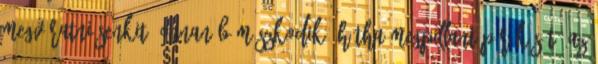
megváratni senkit. Onnan bámészkodik, hátha megpillant pár későt, az